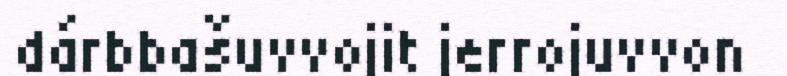
dárbbašuvvojit jerrojuvvon